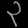
Digit: ၃